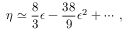
\eta \simeq \frac { 8 } { 3 } \epsilon - \frac { 3 8 } { 9 } \epsilon ^ { 2 } + \cdots \; ,